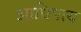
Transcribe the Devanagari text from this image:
अाधिपत्य